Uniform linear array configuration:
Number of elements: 24
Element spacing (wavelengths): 0.25
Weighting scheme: kaiser
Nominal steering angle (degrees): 15
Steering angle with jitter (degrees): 16.784
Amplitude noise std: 0.05
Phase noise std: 0.05

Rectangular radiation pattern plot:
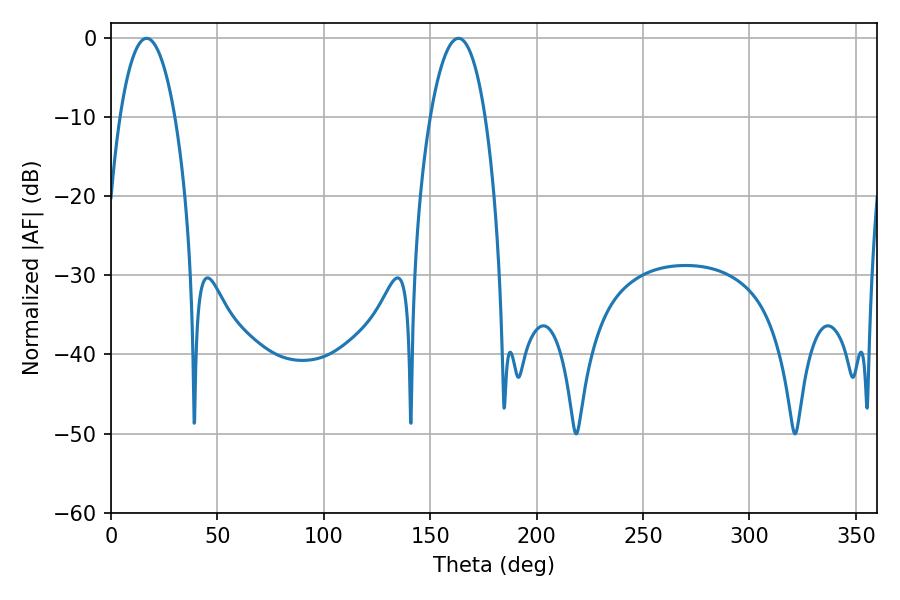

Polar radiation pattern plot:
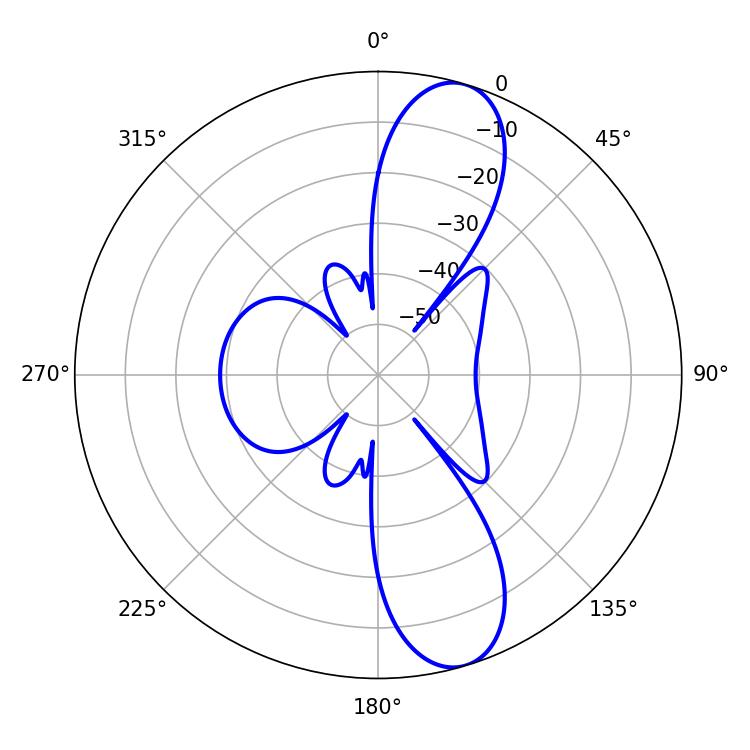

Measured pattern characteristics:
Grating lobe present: FALSE
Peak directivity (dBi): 11.138
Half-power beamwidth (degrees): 14.4
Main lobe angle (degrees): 16.74